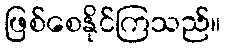
ဖြစ်စေနိုင်ကြသည်။